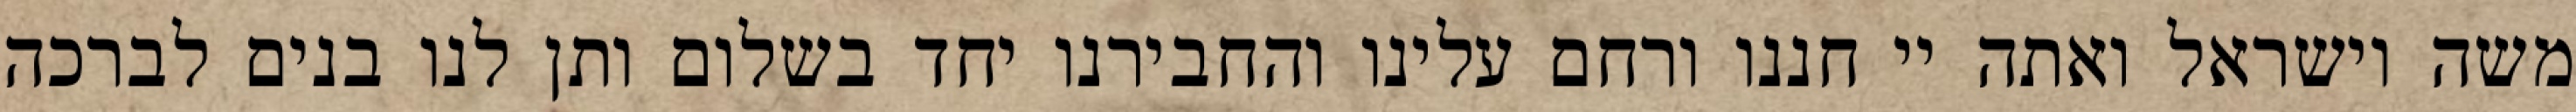
משה וישראל ואתה יי חננו ורחם עלינו והחבירנו יחד בשלום ותן לנו בנים לברכה